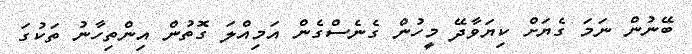
ބޭނުން ނަމަ ގެޔަށް ކިޔަވާދޭ މީހުން ގެނެސްގެން އަމިއްލަ ގޮތުން އިންތިހާނު ތަކުގަ